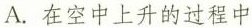
A.在空中上升的过程中